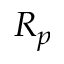
R _ { p }